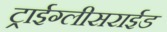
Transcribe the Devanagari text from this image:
ट्राईग्लीसराईड